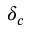
\delta _ { c }